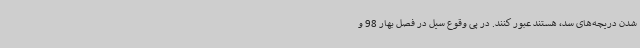
شدن دریچه‌های سد، هستند عبور کنند. در پی وقوع سیل در فصل بهار 98 و